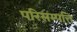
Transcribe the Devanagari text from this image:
परिसम्‍पत्ति